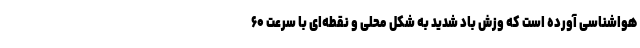
هواشناسی آورده است که وزش باد شدید به شکل محلی و نقطه‌ای با سرعت ۶۰